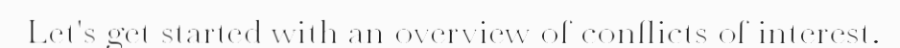
Let's get started with an overview of conflicts of interest.